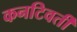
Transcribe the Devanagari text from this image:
कनटिवर्ती